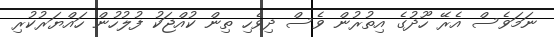
ނަމަވެސް އެރޭ ހޫދުގެ އިތުރުން ވެސް ދިވެހި ތިން ކުއްޖަކު ފުލުހުން ހައްޔަރުކުރި